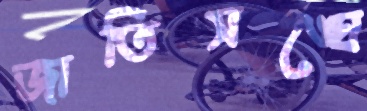
জাতিসঙ্ঘে